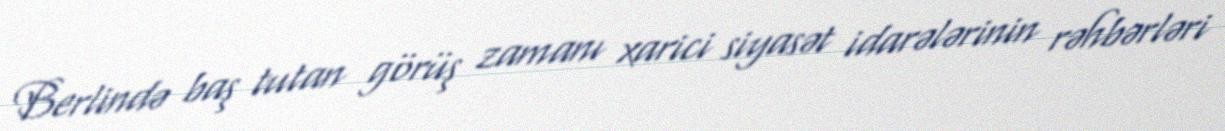
Berlində baş tutan görüş zamanı xarici siyasət idarələrinin rəhbərləri